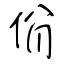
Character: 佾